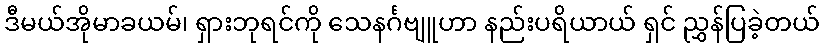
ဒီမယ်အိုမာခယမ်၊ ရှားဘုရင်ကို သေနင်္ဂဗျူဟာ နည်းပရိယာယ် ရှင် ညွှန်ပြခဲ့တယ်